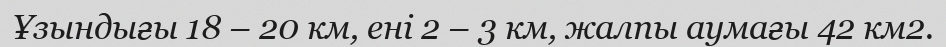
Ұзындығы 18 – 20 км, ені 2 – 3 км, жалпы аумағы 42 км2.